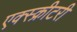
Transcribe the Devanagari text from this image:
एक्स्क्रीटरी